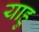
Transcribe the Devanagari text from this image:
याहु